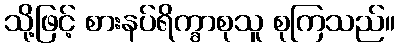
သို့ဖြင့် စားနပ်ရိက္ခာစုသူ စုကြသည်။